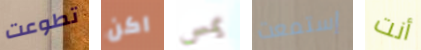
تطوعت اكن يمس إستمعت أنت